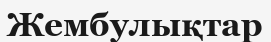
Жембулықтар